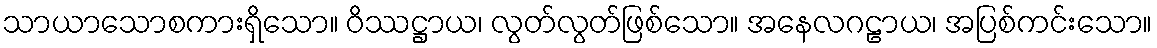
သာယာသောစကားရှိသော။ ဝိဿဋ္ဌာယ၊ လွတ်လွတ်ဖြစ်သော။ အနေလဂဠာယ၊ အပြစ်ကင်းသော။